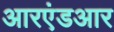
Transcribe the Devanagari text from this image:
आरएंडआर